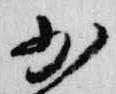
少